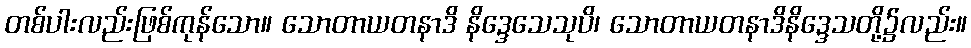
တစ်ပါးလည်းဖြစ်ကုန်သော။ သောတာယတနာဒိ နိဒ္ဒေသေသုပိ၊ သောတာယတနာဒိနိဒ္ဒေသတို့၌လည်း။